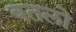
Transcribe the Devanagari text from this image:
बतलो